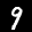
Label: 9